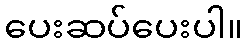
ပေးဆပ်ပေးပါ။